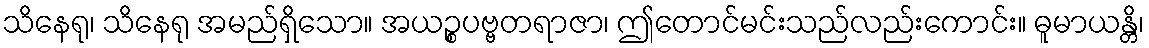
သိနေရု၊ သိနေရု အမည်ရှိသော။ အယဉ္စပဗ္ဗတရာဇာ၊ ဤတောင်မင်းသည်လည်းကောင်း။ ဓူမာယန္တိ၊